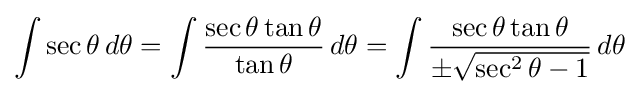
\int \sec \theta \,d\theta =\int {\frac {\sec \theta \tan \theta }{\tan \theta }}\,d\theta =\int {\frac {\sec \theta \tan \theta }{\pm {\sqrt {\sec ^{2}\theta -1}}}}\,d\theta